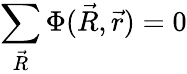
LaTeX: \sum_{\vec{R}}\Phi(\vec{R},\vec{r})=0